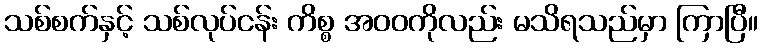
သစ်စက်နှင့် သစ်လုပ်ငန်း ကိစ္စ အဝဝကိုလည်း မသိရသည်မှာ ကြာပြီ။